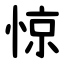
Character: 惊